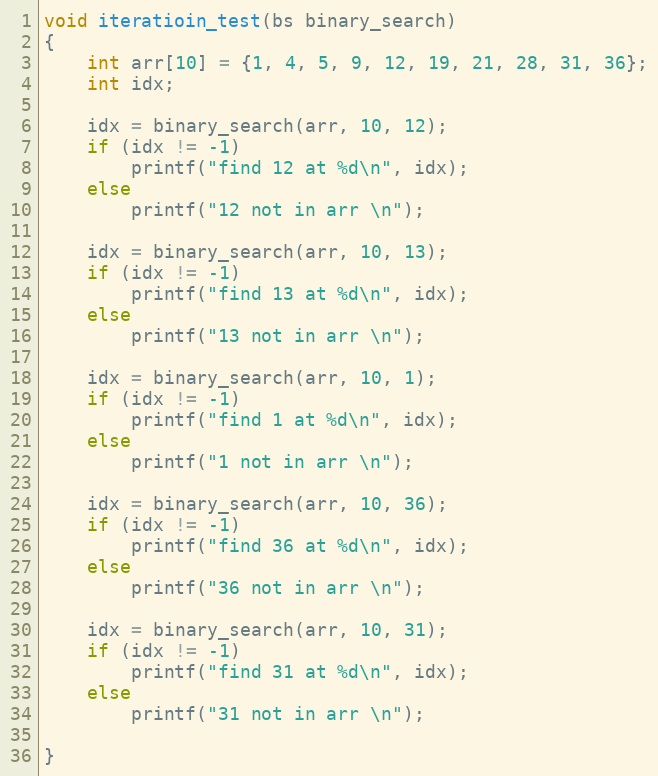
Language: C
void iteratioin_test(bs binary_search)
{
	int arr[10] = {1, 4, 5, 9, 12, 19, 21, 28, 31, 36};
	int idx;

	idx = binary_search(arr, 10, 12);
	if (idx != -1)
		printf("find 12 at %d\n", idx);
	else
		printf("12 not in arr \n");

	idx = binary_search(arr, 10, 13);
	if (idx != -1)
		printf("find 13 at %d\n", idx);
	else
		printf("13 not in arr \n");

	idx = binary_search(arr, 10, 1);
	if (idx != -1)
		printf("find 1 at %d\n", idx);
	else
		printf("1 not in arr \n");

	idx = binary_search(arr, 10, 36);
	if (idx != -1)
		printf("find 36 at %d\n", idx);
	else
		printf("36 not in arr \n");

	idx = binary_search(arr, 10, 31);
	if (idx != -1)
		printf("find 31 at %d\n", idx);
	else
		printf("31 not in arr \n");

}